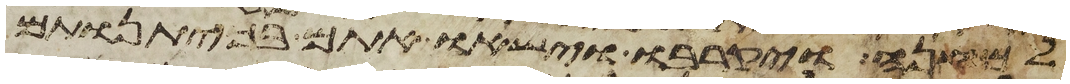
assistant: למחנה ויקרבו וישאו אתם בכיתנותם